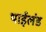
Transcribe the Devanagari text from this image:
थाईलंड